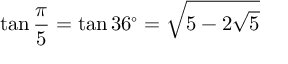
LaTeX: \tan { \frac { \pi } { 5 } } = \tan 3 6 ^ { \circ } = { \sqrt { 5 - 2 { \sqrt { 5 } } } }